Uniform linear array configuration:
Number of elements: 4
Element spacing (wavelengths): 1
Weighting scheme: hann
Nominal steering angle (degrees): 30
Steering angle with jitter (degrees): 29.04
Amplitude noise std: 0.05
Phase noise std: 0.05

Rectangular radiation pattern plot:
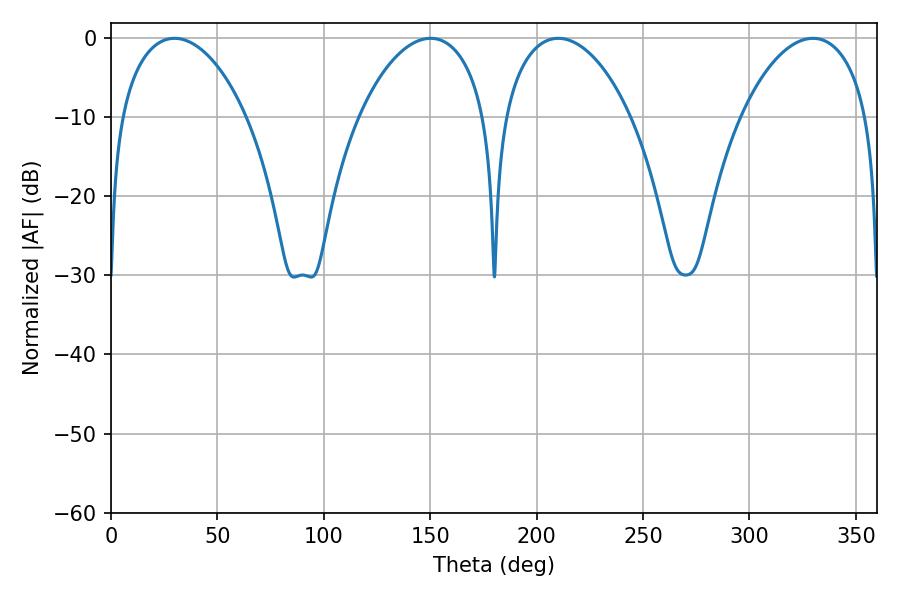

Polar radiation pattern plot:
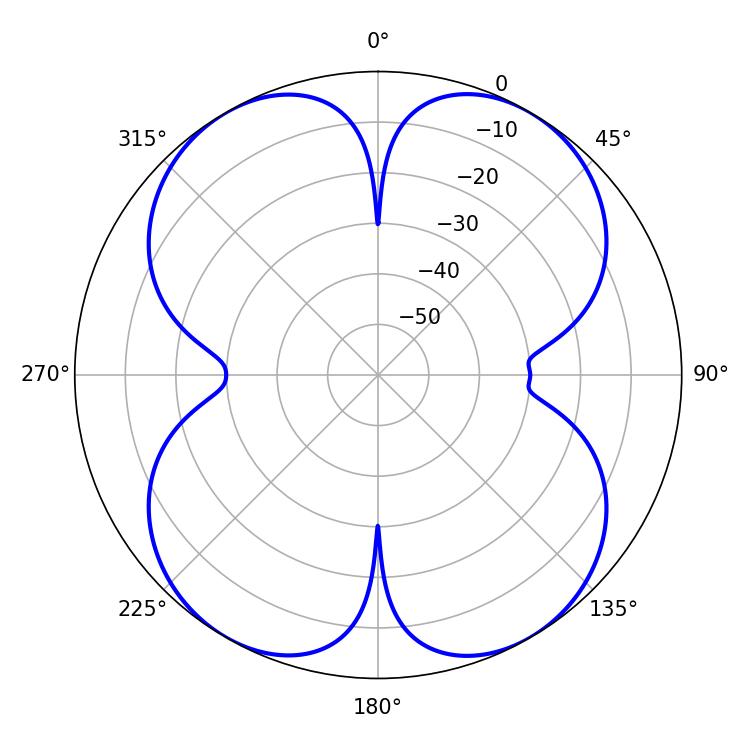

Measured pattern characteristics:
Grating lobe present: TRUE
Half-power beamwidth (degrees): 33.84
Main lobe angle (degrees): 29.88